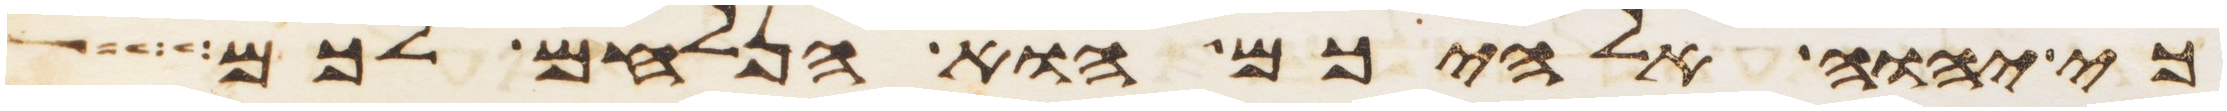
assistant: כי יהוה אלהיכם הוא הנלחם לכם